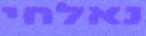
נאלחי